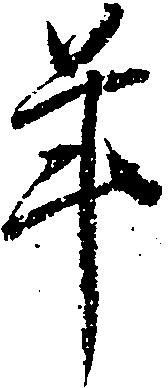
年